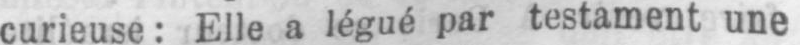
curieuse: Elle a légué par testament une